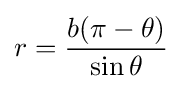
r={\frac {b(\pi -\theta )}{\sin {\theta }}}